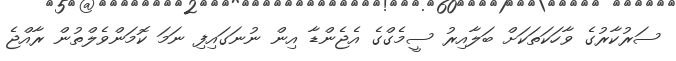
ސަރުކާރުގެ ވާހަކަތަކަށް ބަލާއިރު ސީމެގްގެ އެޖެންޑާ އިން ނުނަގައިފި ނަމަ ކޮމަންވެލްތުން ރާއްޖެ